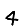
Digit: 4